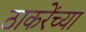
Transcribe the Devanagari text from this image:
ठाकरेंच्या